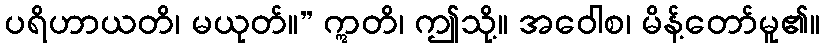
ပရိဟာယတိ၊ မယုတ်။” ဣတိ၊ ဤသို့။ အဝေါစ၊ မိန့်တော်မူ၏။